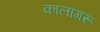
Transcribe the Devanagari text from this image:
कालागरू